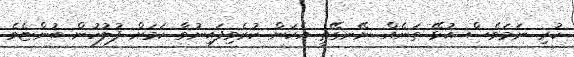
ކުރި ނަމަވެސް އުޅޭ ތަނެއް ނޭނގޭތީ އެކަން ކުރެވިފައިނުވާ ކަމަށް ފުލުހުން ބުންޏެވެ.